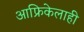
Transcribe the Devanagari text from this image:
आफ्रिकेलाही